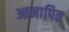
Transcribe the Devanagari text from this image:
आमापित